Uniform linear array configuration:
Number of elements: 16
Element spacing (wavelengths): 0.75
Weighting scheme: hamming
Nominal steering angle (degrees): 45
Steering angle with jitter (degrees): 43.129
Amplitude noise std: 0.05
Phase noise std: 0.05

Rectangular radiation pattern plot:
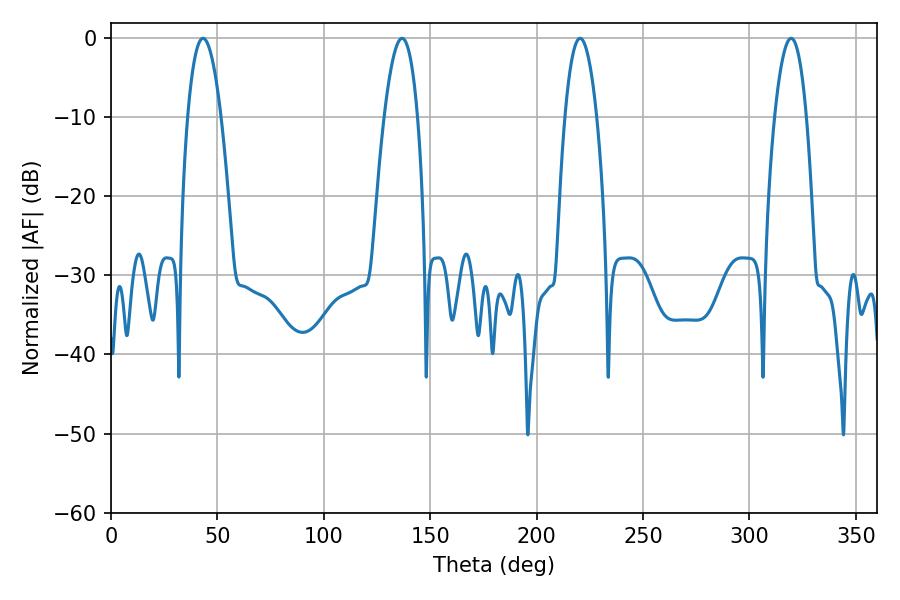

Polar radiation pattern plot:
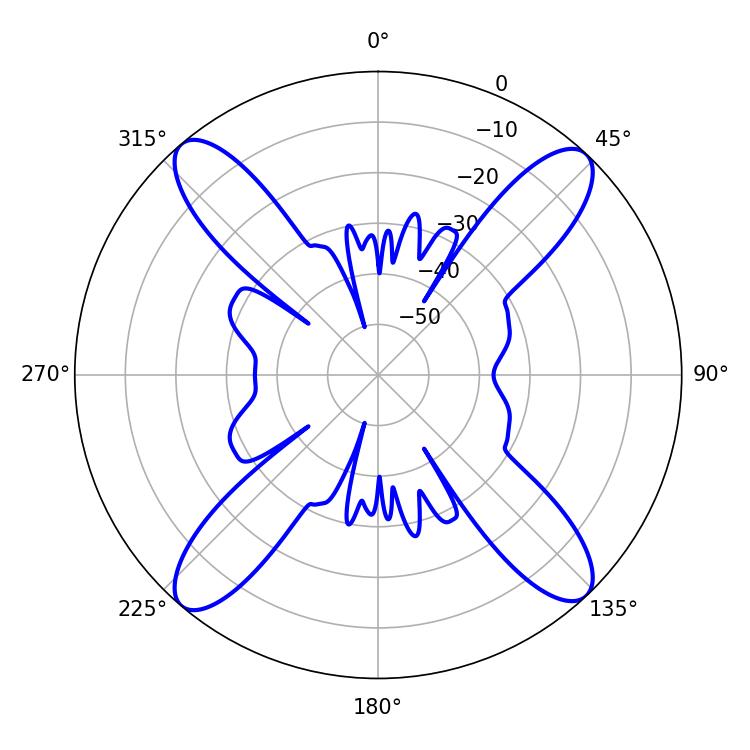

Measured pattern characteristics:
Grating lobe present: TRUE
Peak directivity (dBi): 19.568
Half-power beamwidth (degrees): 8.64
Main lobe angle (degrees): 43.2